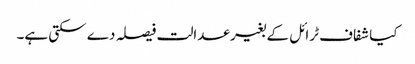
کیا شفاف ٹرائل کے بغیر عدالت فیصلہ دے سکتی ہے۔